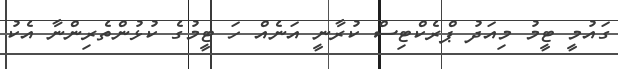
ގައުމީ ޓީމު މިއަދު ޕްރެކްޓިސް ކުރާނީ އަނެއް ހަ ޓީމުގެ ކުޅުންތެރިންނާ އެކު